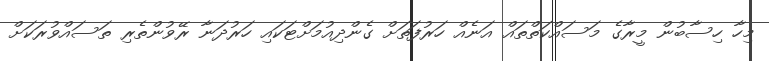
މިހާ ހިސާބުން މީރާގެ މަސައްކަތްތައް އަނެއް ހަރުފަތަށް ގެންދިއުމަށްޓަކައި ހަރުދަނާ ރޭވުންތެރި ތަސައްވުރަކަށް